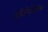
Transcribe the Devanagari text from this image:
पोलोटेरियनिज्म